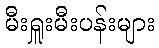
မီးရှူးမီးပန်းများ